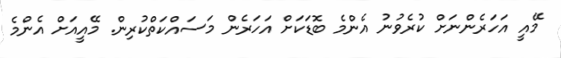
މޭއީ އަހަރެންނަށް ކުރެވުނު އެންމެ ބޮޑަކަށް އަހަރެން މަސައްކަތްކުރިން. މޭއީއަށް އެންމެ